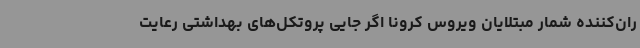
ران‌کننده شمار مبتلایان ویروس کرونا اگر جایی پروتکل‌های بهداشتی رعایت